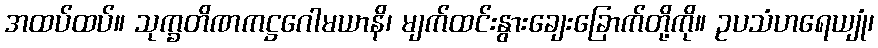
အထပ်ထပ်။ သုက္ခတိဏကဋ္ဌဂေါမယာနိ၊ မျက်ထင်းနွားချေးခြောက်တို့ကို။ ဥပသံဟရေယျုံ၊